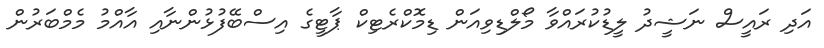
އަދި ރައީސް ނަޝީދު ލީޑުކުރައްވާ މޯލްޑިވިއަން ޑިމޮކްރެޓިކް ޕާޓީގެ އިސްބޭފުޅުންނާއި އާއްމު މެމްބަރުން